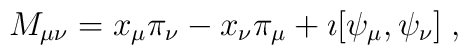
M_{\mu\nu}=x_\mu\pi_\nu -x_\nu\pi_\mu +\imath [\psi_\mu ,\psi_\nu ]\;,